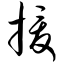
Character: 援